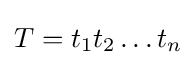
T=t_{1}t_{2}\dots t_{n}